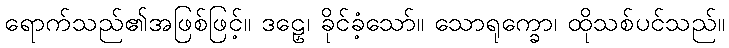
ရောက်သည်၏အဖြစ်ဖြင့်။ ဒဠှေ၊ ခိုင်ခံ့သော်။ သောရုက္ခော၊ ထိုသစ်ပင်သည်။